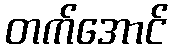
တက်အောင်